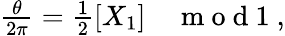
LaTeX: \begin{array}{r}{\frac{\theta}{2\pi}=\frac{1}{2}[X_{1}]\quad\mathrm{~m~o~d~1~},}\end{array}